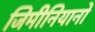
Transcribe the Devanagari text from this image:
जिमीनियानो